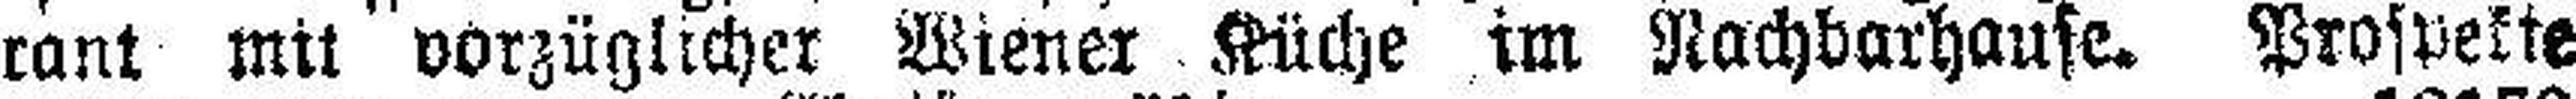
rant mit vorzüglicher Wiener Küche im Nachbarhause. Prospekte